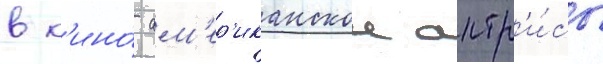
в к'ино́ ам'ер'иканскои актр'и́сы